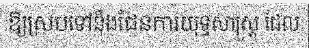
ឱ្យស្របទៅនឹងផែនការយុទ្ធសាស្ត្រ ដែល